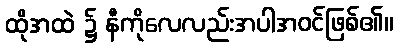
ထိုအထဲ ၌ နီကိုလေလည်းအပါအဝင်ဖြစ်၏။